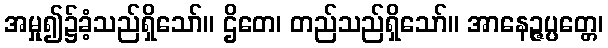
အမှု၍၌ခံ့သည်ရှိသော်။ ဌိတေ၊ တည်သည်ရှိသော်။ အာနေဉ္ဇပ္ပတ္တေ၊